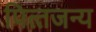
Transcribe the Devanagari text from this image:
पित्‍तजन्‍य